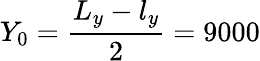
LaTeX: Y_{0}=\frac{L_{y}-l_{y}}{2}=9000